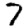
Digit: 7